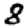
Digit: 8